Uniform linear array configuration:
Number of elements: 16
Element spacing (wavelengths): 0.75
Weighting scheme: uniform
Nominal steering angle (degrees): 0
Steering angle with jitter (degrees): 1.961
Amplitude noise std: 0.05
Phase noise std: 0.05

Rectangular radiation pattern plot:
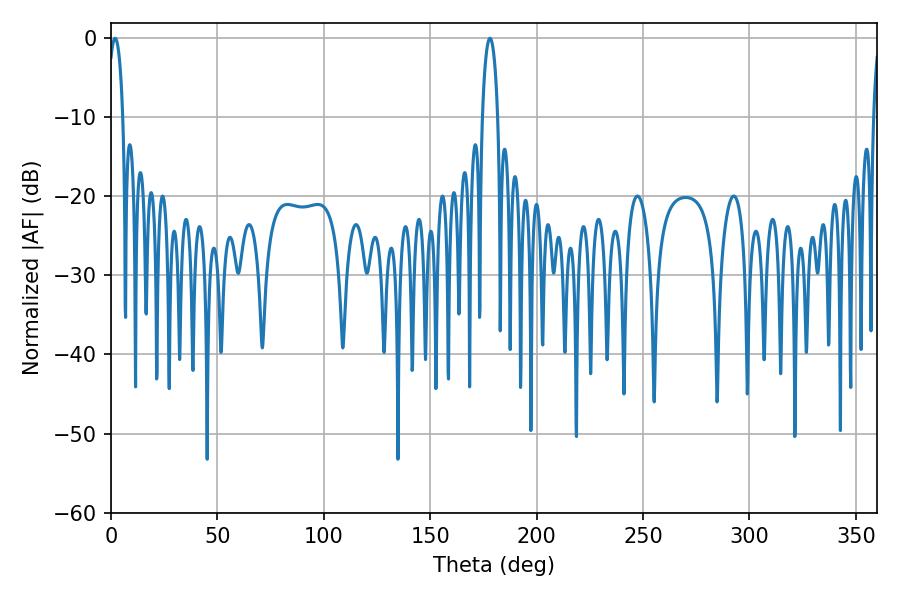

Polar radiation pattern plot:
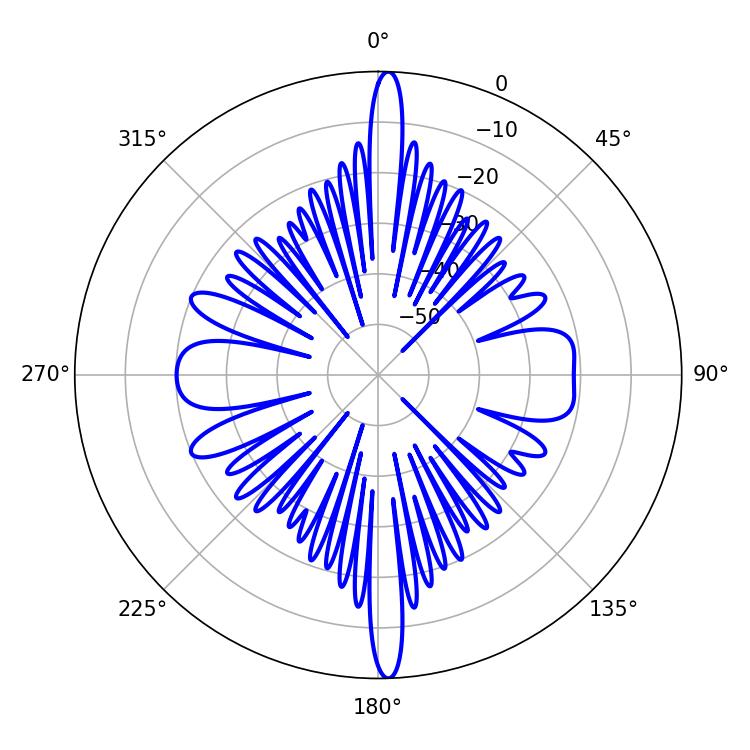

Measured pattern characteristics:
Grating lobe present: TRUE
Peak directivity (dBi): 26.144
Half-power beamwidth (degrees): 4.14
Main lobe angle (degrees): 178.02